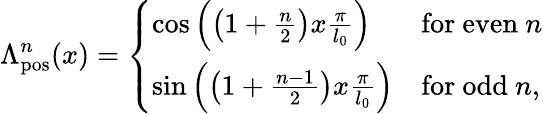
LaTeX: \Lambda_{\mathrm{pos}}^{n}(x)=\left\{ \begin{array}{ll}{\mathrm{cos}\left(\left(1+\frac{n}{2}\right)x\frac{\pi}{l_{0}}\right)}&{\mathrm{for~even~}n}\\ {\mathrm{sin}\left(\left(1+\frac{n-1}{2}\right)x\frac{\pi}{l_{0}}\right)}&{\mathrm{for~odd~}n,}\end{array}\right.